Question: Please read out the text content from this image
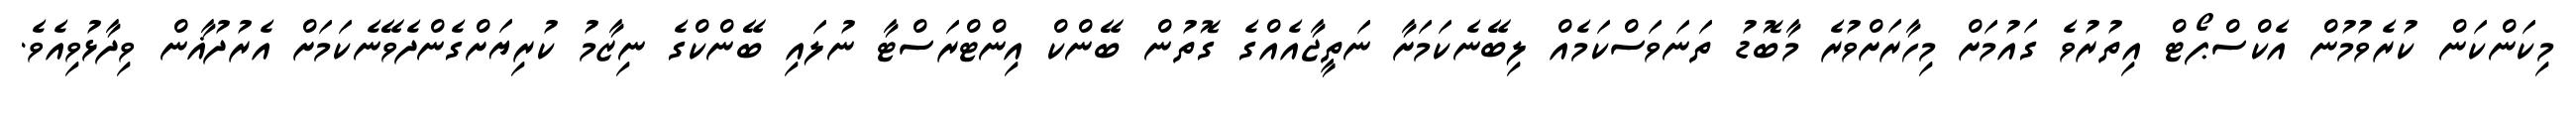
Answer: މިކަންކަން ކުރެވުމުން އެކްސްޕޯޓް އިތުރުވެ ގައުމަށް މިހާރަށްވުރެ މާބޮޑު ތަނަވަސްކަމެއް ލިބޭނެކަމަށާ ނަތީޖާއެއްގެ ގޮތުން ބޭންކް އިންޓްރަސްޓާ ނުލައި ބޭންކްގެ ނިޒާމު ކުރިޔަށްގެންދެވޭނެކަމަށް އެރުދުޣާން ވިދާޅުވިއެވެ.